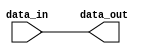
module assign_example (
    input wire [7:0] data_in,
    output reg [7:0] data_out
);

    // Simple assign statement
    assign data_out = data_in;

endmodule